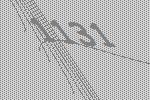
1131